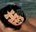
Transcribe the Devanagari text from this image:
एंपरर्स